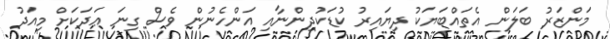
މަންޒަރު ބަލަން އެތައްބަޔަކު ދިޔައިރު ކުޑަކުދިންނާއި އަންހެނުން ވެސް ގިނަ ޢަދަކަށް މިއަދު